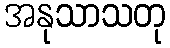
အနုသာသတု